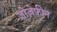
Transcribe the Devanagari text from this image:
जोज़ेफीन